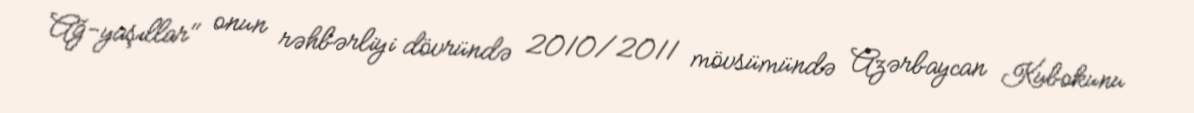
Ağ-yaşıllar" onun rəhbərliyi dövründə 2010/2011 mövsümündə Azərbaycan Kubokunu